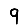
Digit: 9